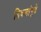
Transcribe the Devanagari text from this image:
दिवसांपुढे